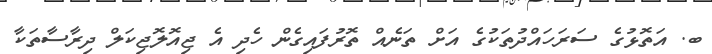
ބ. އަތޮޅުގެ ސަރަހައްދުތަކުގެ އަށް ތަނެއް ތޮރުފައިގެން ހެދި އެ ޖިއޮލޮޖިކަލް ދިރާސާތަކާ